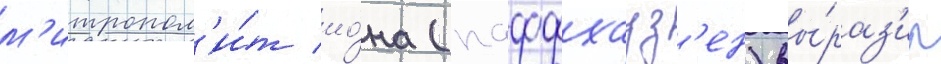
м'итропол'и́т ио́на (паффхауз'ен) вы́раз'ил